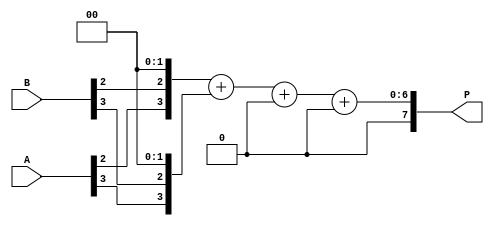
module wallace_tree_multiplier (
    input [3:0] A, // 4-bit input A
    input [3:0] B, // 4-bit input B
    output reg [7:0] P // 8-bit output P
);

    reg [5:0] S [0:2]; // Sum register array
    reg [5:0] C [0:1]; // Carry register array
    reg [3:0] P_part [0:3]; // Partial product register array

    // Generate partial products
    always @* begin
        P_part[0] = {A[0], B[0], 2'b00};
        P_part[1] = {A[1], B[1], 2'b00};
        P_part[2] = {A[2], B[2], 2'b00};
        P_part[3] = {A[3], B[3], 2'b00};
    end

    // Wallace Tree Reduction
    always @* begin
        // First Reduction Stage
        S[0] = P_part[0] + P_part[1];
        C[0] = &{1'b0, P_part[0], P_part[1]};

        // Second Reduction Stage
        S[1] = P_part[2] + P_part[3] + C[0];
        C[1] = &{P_part[2], P_part[3], C[0]};

        // Final Reduction Stage
        P = S[1] + C[1];
    end

endmodule